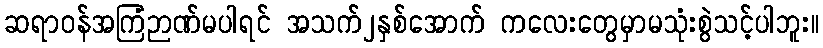
ဆရာဝန်အကြံဉာဏ်မပါရင် အသက်၂နှစ်အောက် ကလေးတွေမှာမသုံးစွဲသင့်ပါဘူး။